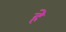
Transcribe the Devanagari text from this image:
हे